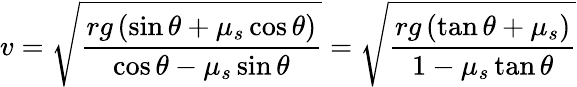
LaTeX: v={\sqrt{\frac{rg\left(\sin\theta+\mu_{s}\cos\theta\right)}{\cos\theta-\mu_{s}\sin\theta}}}={\sqrt{\frac{rg\left(\tan\theta+\mu_{s}\right)}{1-\mu_{s}\tan\theta}}}